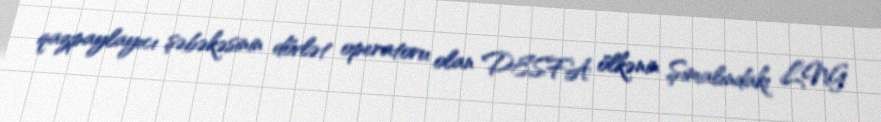
qazpaylayıcı şəbəkəsinin dövlət operatoru olan DESFA ölkənin Şimalındakı LNG